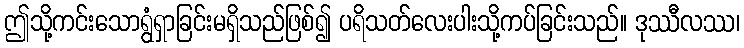
ဤသို့ကင်းသောရွံရှာခြင်းမရှိသည်ဖြစ်၍ ပရိသတ်လေးပါးသို့ကပ်ခြင်းသည်။ ဒုဿီလဿ၊